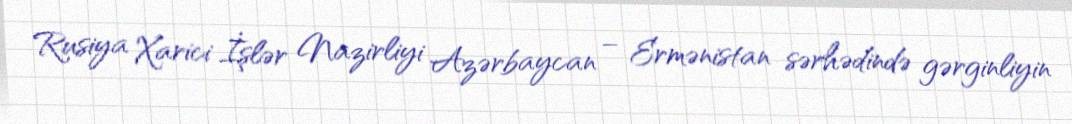
Rusiya Xarici İşlər Nazirliyi Azərbaycan – Ermənistan sərhədində gərginliyin